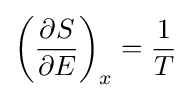
\left({\frac {\partial S}{\partial E}}\right)_{x}={\frac {1}{T}}